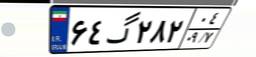
۶۴گ۲۸۲۰۴